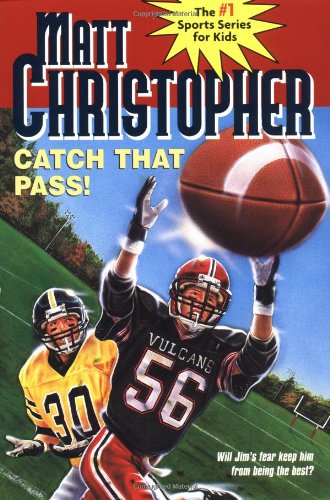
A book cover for Catch That Pass! (Matt Christopher Sports Series); Matt Christopher; Teen & Young Adult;